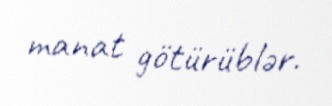
manat götürüblər.